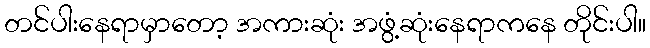
တင်ပါးနေရာမှာတော့ အကားဆုံး အဖွံ့ဆုံးနေရာကနေ တိုင်းပါ။